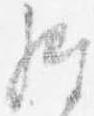
経